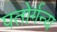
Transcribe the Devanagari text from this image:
पतोर्गन्य